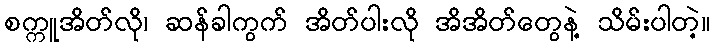
စက္ကူအိတ်လို၊ ဆန်ခါကွက် အိတ်ပါးလို အိအိတ်တွေနဲ့ သိမ်းပါတဲ့။